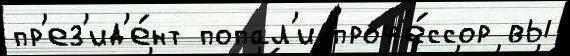
пр'ез'ид'е́нт попал'и проф'е́ссор вы